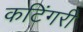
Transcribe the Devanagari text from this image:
कटिंगरी